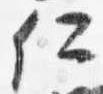
仁